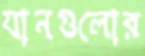
যানগুলোর